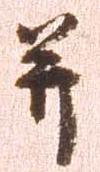
并